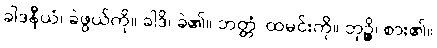
ခါဒနီယံ၊ ခဲဖွယ်ကို။ ခါဒိ၊ ခဲ၏။ ဘတ္တံ၊ ထမင်းကို။ ဘုဉ္ဇိ၊ စား၏။